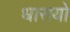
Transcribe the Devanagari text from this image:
धारायो